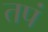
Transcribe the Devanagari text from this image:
तपं